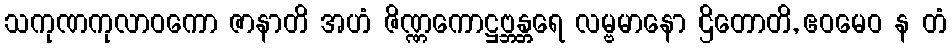
သကုဏကုလာဝကော ဇာနာတိ အဟံ ဇိဏ္ဏကောဋ္ဌဗ္ဘန္တရေ လမ္ဗမာနော ဌိတောတိ, ဧဝမေဝ န တံ